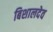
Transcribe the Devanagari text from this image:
बिशालदेव